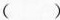
( )